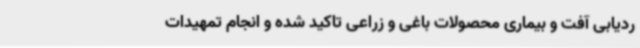
ردیابی آفت و بیماری محصولات باغی و زراعی تاکید شده و انجام تمهیدات